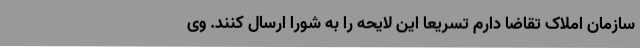
سازمان املاک تقاضا دارم تسریعا این لایحه را به شورا ارسال کنند. وی